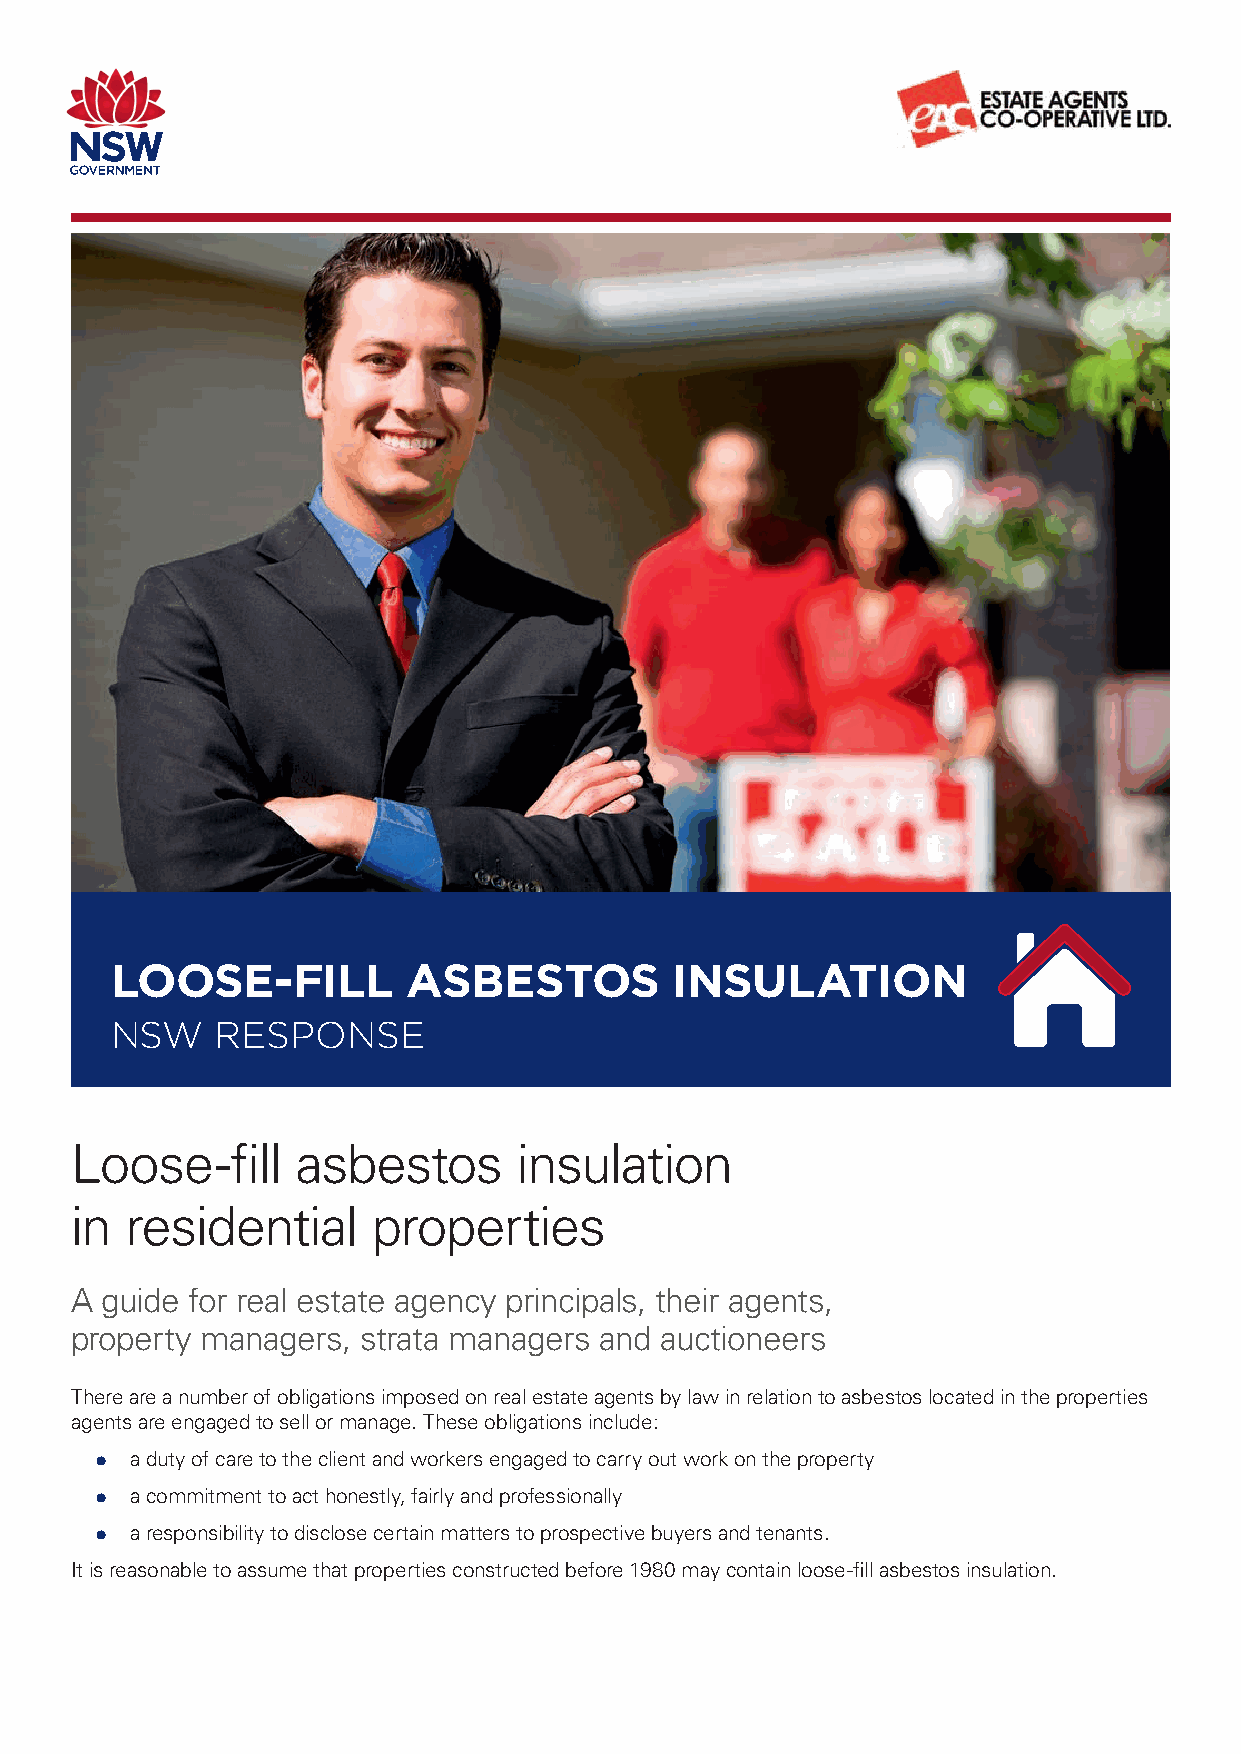
LOOSE-FILL          ASBESTOS          INSULATION
 NSW    RESPONSE
 Loose-fill     asbestos      insulation
 in residential      properties
 A guide for real estate agency principals, their agents,
 property managers, strata managers and auctioneers
 There are a number of obligations imposed on real estate agents by law in relation to asbestos located in the properties
 agents are engaged to sell or manage. These obligations include:
 •  a duty of care to the client and workers engaged to carry out work on the property
 •  a commitment to act honestly, fairly and professionally
 •  a responsibility to disclose certain matters to prospective buyers and tenants.
 It is reasonable to assume that properties constructed before 1980 may contain loose-fill asbestos insulation.